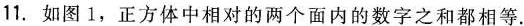
11.如图1，正方体中相对的来给那个面内的数字之和都相等.